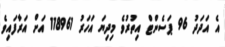
އެ އަދަދު 96 ޕަސެންޓް އިތުރުވެ މިދިޔަ އަހަރު 118961 އަށް އަރާފައިވެ